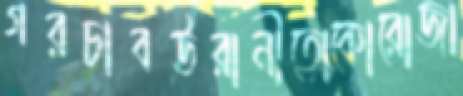
গরচাবউরানীতোকোরোজা